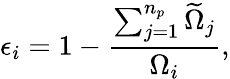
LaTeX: \epsilon_{i}=1-\frac{\sum_{j=1}^{n_{p}}\widetilde{\Omega}_{j}}{\Omega_{i}},